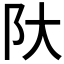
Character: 𫔺